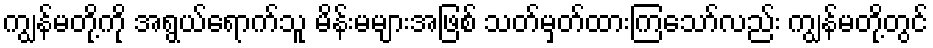
ကျွန်မတို့ကို အရွယ်ရောက်သူ မိန်းမများအဖြစ် သတ်မှတ်ထားကြသော်လည်း ကျွန်မတို့တွင်